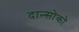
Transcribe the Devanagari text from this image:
दान्सोको